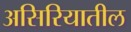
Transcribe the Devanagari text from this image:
असिरियातील